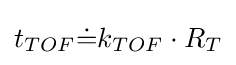
t_{TOF}{\dot {=}}k_{TOF}\cdot R_{T}